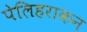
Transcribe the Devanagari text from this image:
पेलिहराकन